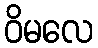
ဝိမလေ